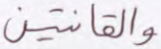
والقانتين